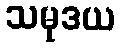
သမုဒယ